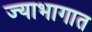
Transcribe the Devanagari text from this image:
ज्याभागात